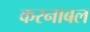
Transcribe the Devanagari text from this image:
करनाबल